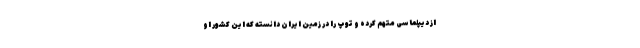
از دیپلماسی متهم کرده و توپ را در زمین ایران دانسته که این کشور او